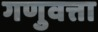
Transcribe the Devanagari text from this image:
गणुवत्ता